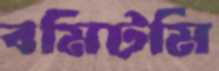
বমিটমি